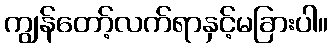
ကျွန်တော့်လက်ရာနှင့်မခြားပါ။